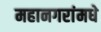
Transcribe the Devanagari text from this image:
महानगरांमधे